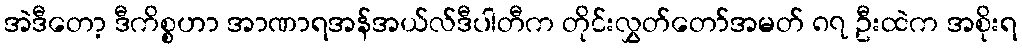
အဲဒီတော့ ဒီကိစ္စဟာ အာဏာရအန်အယ်လ်ဒီပါတီက တိုင်းလွှတ်တော်အမတ် ၈၇ ဦးထဲက အစိုးရ